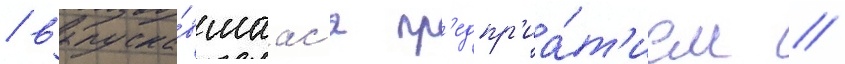
/ выпуска́вшаас'я пр'едпр'иа́т'ием //